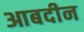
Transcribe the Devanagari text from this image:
आबदीन